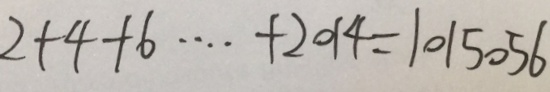
2 + 4 + 6 \cdots + 2 0 1 4 = 1 0 1 5 0 5 6